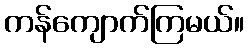
ကန်ကျောက်ကြမယ်။